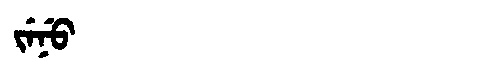
Manchu: ᠵᡝᠨᡠ
Romanization: JENU